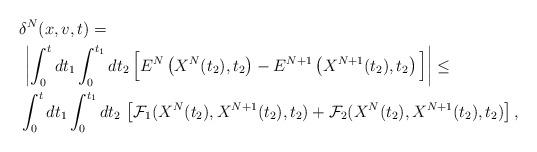
LaTeX: \begin{align*}&\delta^N(x,v,t) =\\& \, \left| \int_0^t dt_1 \int_0^{t_1} dt_2 \, \Big[E^N\left(X^N(t_2), t_2\right) - E^{N+1}\left(X^{N+1}(t_2), t_2\right)\Big] \right|\leq \\&\int_0^t dt_1 \int_0^{t_1} dt_2 \, \left[ \mathcal{F}_1(X^N(t_2), X^{N+1}(t_2),t_2) + \mathcal{F}_2(X^N(t_2), X^{N+1}(t_2),t_2) \right],\end{align*}